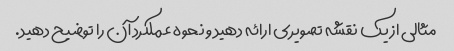
مثالی از یک نقشه تصویری ارائه دهید و نحوه عملکرد آن را توضیح دهید.